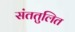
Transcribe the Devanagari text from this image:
संततुलित